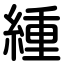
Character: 緟